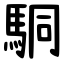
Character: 駧